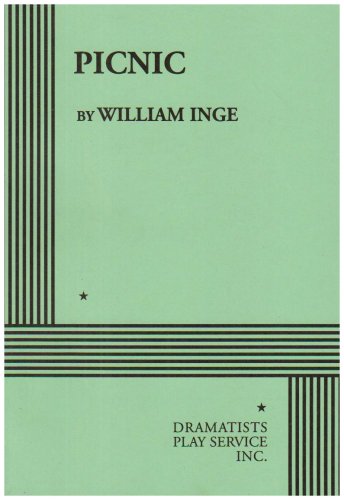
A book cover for Picnic; William Inge; Literature & Fiction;